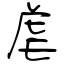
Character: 虐